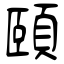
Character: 頤